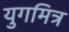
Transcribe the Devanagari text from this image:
युगमित्र